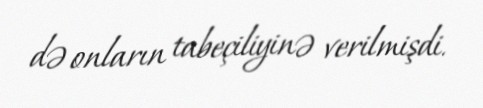
də onların tabeçiliyinə verilmişdi.